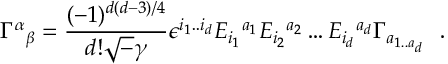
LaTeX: \Gamma ^ { \alpha } { } _ { \beta } = \frac { ( - 1 ) ^ { d ( d - 3 ) / 4 } } { d ! { \sqrt - \gamma } } \epsilon ^ { i _ { 1 } . . i _ { d } } E _ { i _ { 1 } } { } ^ { a _ { 1 } } E _ { i _ { 2 } } { } ^ { a _ { 2 } } \ldots E _ { i _ { d } } { } ^ { a _ { d } } \Gamma _ { a _ { 1 . . a { _ d } } } ~ ~ .